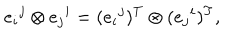
e _ { i } { } ^ { j } \otimes e _ { j } { } ^ { i } = ( e _ { i } { } ^ { j } ) ^ { T } \otimes ( e _ { j } { } ^ { i } ) ^ { T } ,